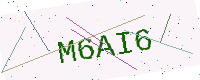
Text: M6AI6